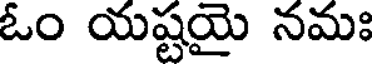
ఓం యష్టయై నమః